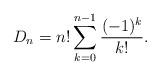
LaTeX: \begin{align*} D_n=n!\sum_{k=0}^{n-1}\frac{(-1)^k}{k!}.\end{align*}